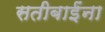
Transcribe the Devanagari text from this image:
सतीबाईंना